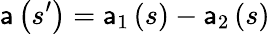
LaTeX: \mathsf{a}\left(s^{\prime}\right)=\mathsf{a}_{1}\left(s\right)-\mathsf{a}_{2}\left(s\right)